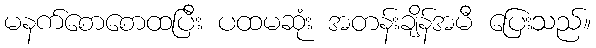
မနက်စောစောထပြီး ပထမဆုံး အတန်းချိန်အမီ ပြေးသည်။